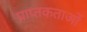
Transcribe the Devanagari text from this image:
प्राप्तकताओं